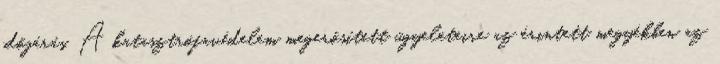
időjárás. A katasztrófavédelem megerősített ügyeleteire az érintett megyékben az